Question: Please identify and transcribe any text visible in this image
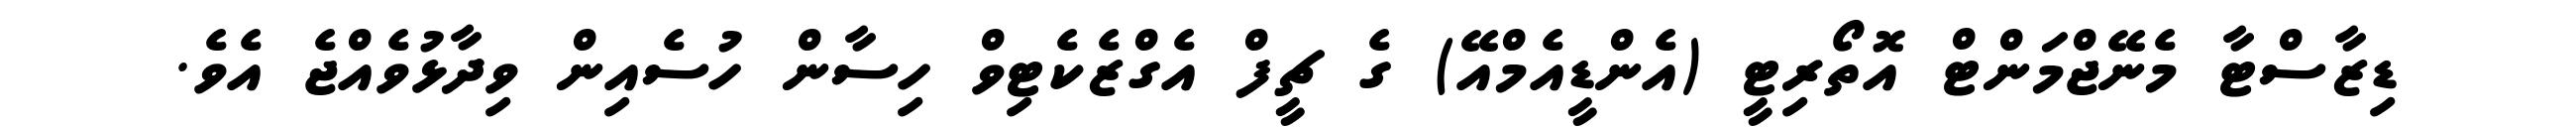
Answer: ޑިޒާސްޓާ މެނޭޖްމަންޓް އޮތޯރިޓީ (އެންޑީއެމްއޭ) ގެ ޗީފް އެގްޒެކެޓިވް ހިސާން ހުސެއިން ވިދާޅުވެއްޖެ އެވެ.